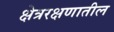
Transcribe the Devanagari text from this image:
क्षेत्ररक्षणातील